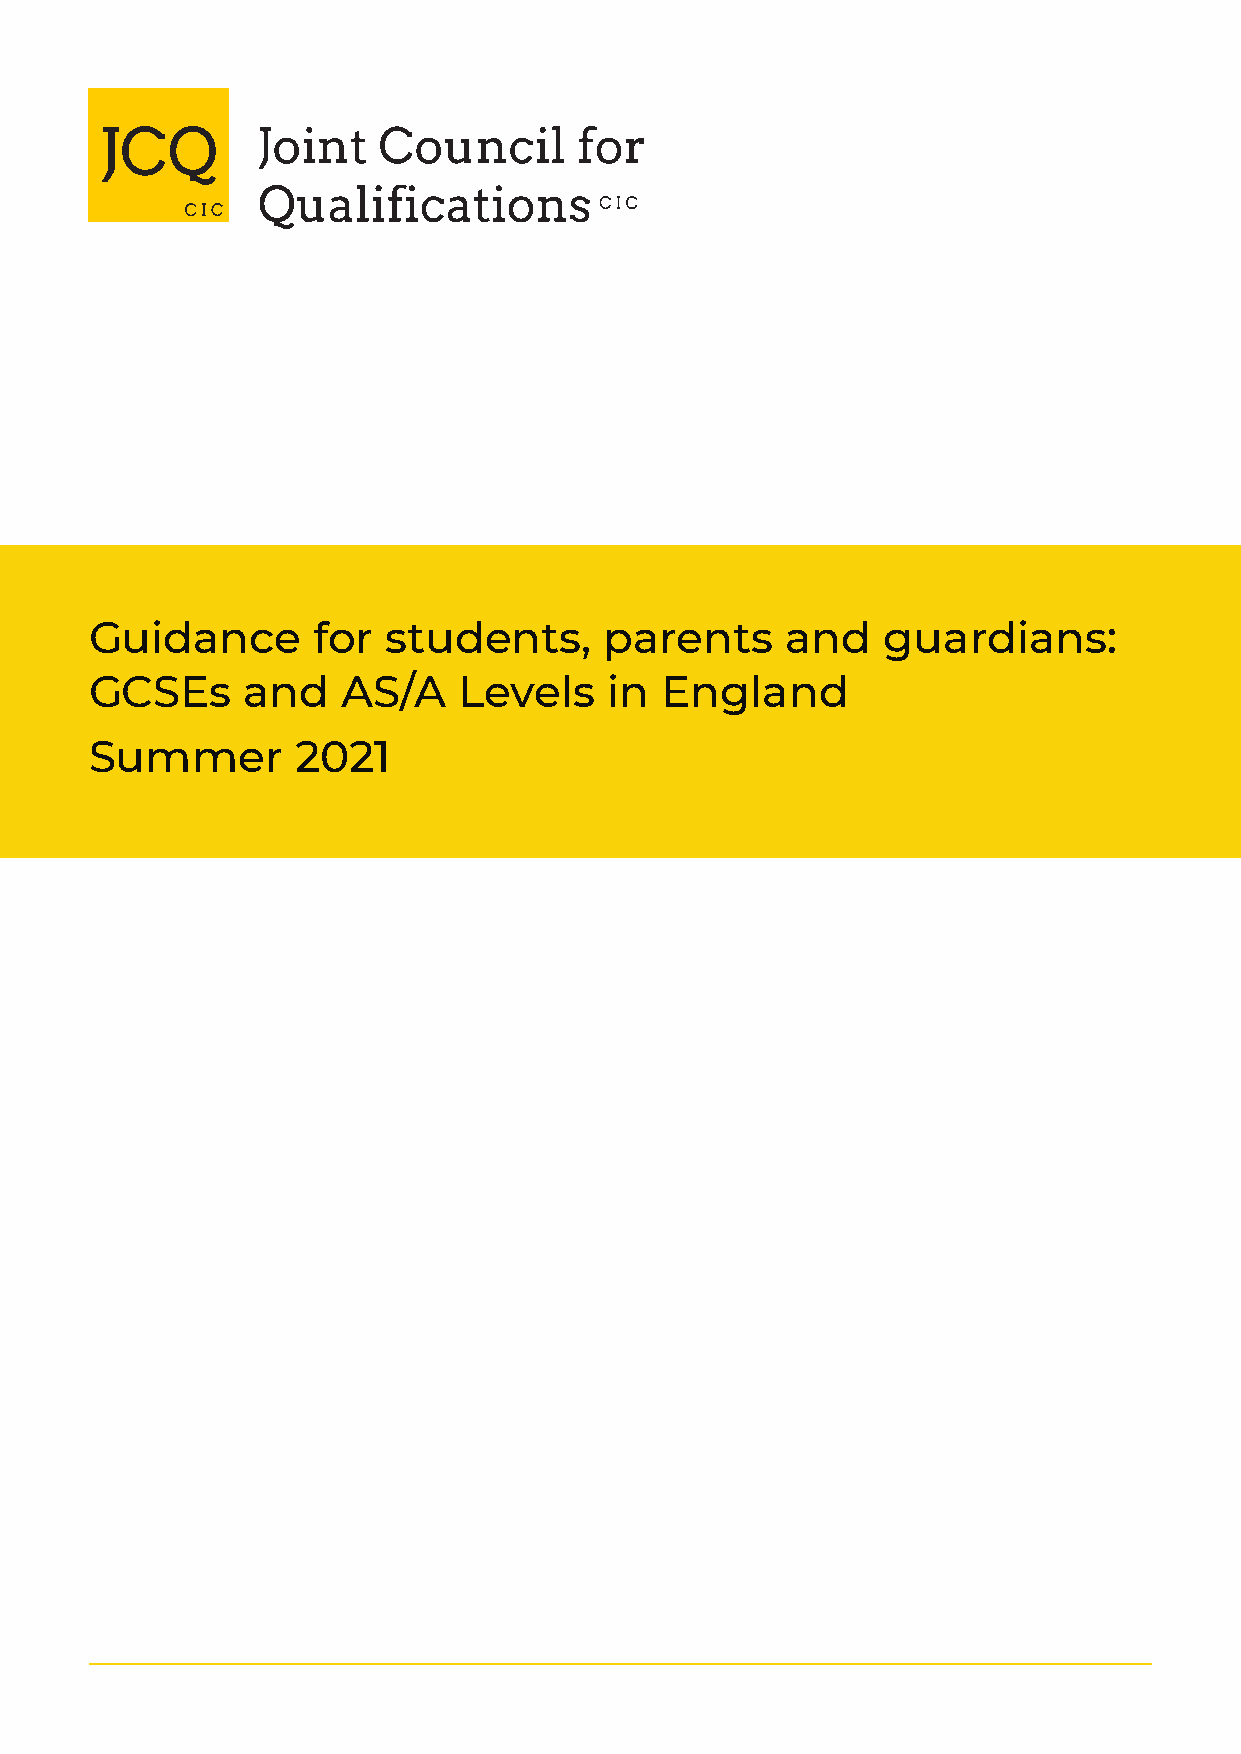
Instructions        for  conducting         examinations
 Guidance       for  students,     parents     and   guardians:
 GCSEs     and    AS/A   Levels    in  England
 Summer       2021
 1 September 2020  to 31 August 2021
 For the attention of heads of centre, senior leaders
 within schools and colleges and examination officers
 Produced on behalf of:
 ©JCQCIC 2020